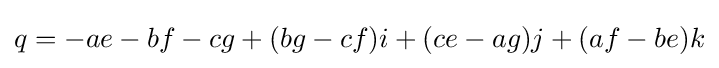
q=-ae-bf-cg+(bg-cf)i+(ce-ag)j+(af-be)k